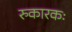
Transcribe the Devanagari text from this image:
रुकारकः